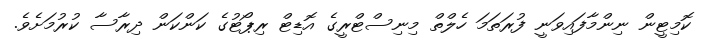
ކޮމިޓީން ނިންމާފައިވަނީ ފުރަތަމަ ހެލްތް މިނިސްޓްރީގެ އޮޑިޓް ރިޕޯޓުގެ ކަންކަން ދިރާސާ ކުރުމަށެވެ.